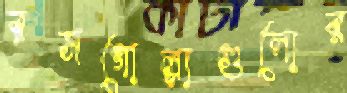
রসগোল্লাগুলোর